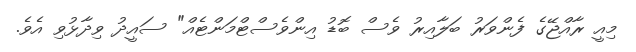
މިއީ ރާއްޖޭގެ ފެންވަރު ބަލާއިރު ވެސް ބޮޑު އިންވެސްޓްމަންޓެއް" ސައީދު ވިދާޅުވި އެވެ.